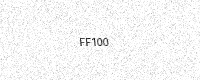
Text: FF100